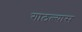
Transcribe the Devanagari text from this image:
गाठल्यास